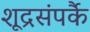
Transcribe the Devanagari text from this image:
शूद्रसंपर्कै